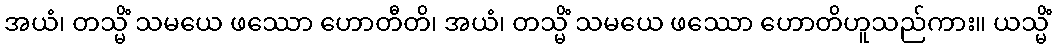
အယံ၊ တသ္မိံ သမယေ ဖဿော ဟောတီတိ၊ အယံ၊ တသ္မိံ သမယေ ဖဿော ဟောတိဟူသည်ကား။ ယသ္မိံ